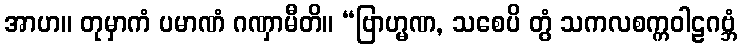
အာဟ။ တုမှာကံ ပမာဏံ ဂဏှာမီတိ။ “ဗြာဟ္မဏ, သစေပိ တွံ သကလစက္ကဝါဠဂဗ္ဘံ